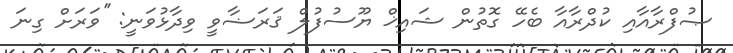
ޞުފްރާއާއި ކުދްރާއާ ބެހޭ ގޮތުން ޝައިޚް ޔޫސުފުލް ޤަރަޟާވީ ވިދާޅުވަނީ: ''ވަރަށް ގިނަ